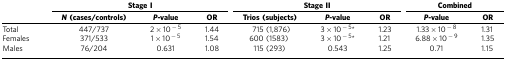
|  | <COLSPAN=3> Stage I | <COLSPAN=3> Stage II | <COLSPAN=2> Combined |
 |  | N(cases/controls) | P-value | OR | Trios (subjects) | P-value | OR | P-value | OR |
 | --- | --- | --- | --- | --- | --- | --- | --- | --- |
 | Total | 447/737 | 2 × 10−5 | 1.44 | 715 (1,876) | 3 × 10−5* | 1.23 | 1.33 × 10−8 | 1.31 |
 | Females | 371/533 | 1 × 10−5 | 1.54 | 600 (1583) | 3 × 10−5* | 1.21 | 6.88 × 10−9 | 1.35 |
 | Males | 76/204 | 0.631 | 1.08 | 115 (293) | 0.543 | 1.25 | 0.71 | 1.15 |